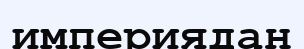
империядан